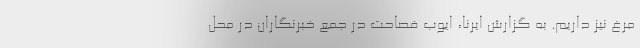
مرغ نیز داریم. به گزارش ایرنا، ایوب فصاحت در جمع خبرنگاران در محل